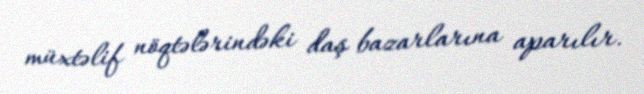
müxtəlif nöqtələrindəki daş bazarlarına aparılır.